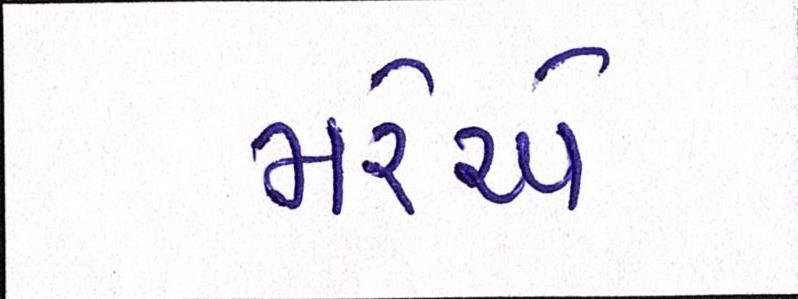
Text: મરેએ